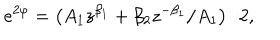
e ^ { 2 \varphi } = \left( A _ { 1 } z ^ { \beta _ { 1 } } + \beta _ { 2 } z ^ { - \beta _ { 1 } } / A _ { 1 } \right) / 2 ,